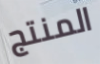
المنتج